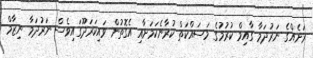
ރަށެއްގެ ނަރުދަމާ ގާއިމް ކުރުމުގެ މަސައްކަތް ކުރާނެކަމަށާއި އެގޮތުން ވައިކަރަދޫގައިވެސް ނަރުދަމާ ނިޒާމް